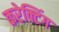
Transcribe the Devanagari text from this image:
करेक्टिंग